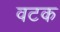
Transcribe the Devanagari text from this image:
वटक